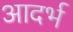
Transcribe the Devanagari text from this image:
आदर्भ